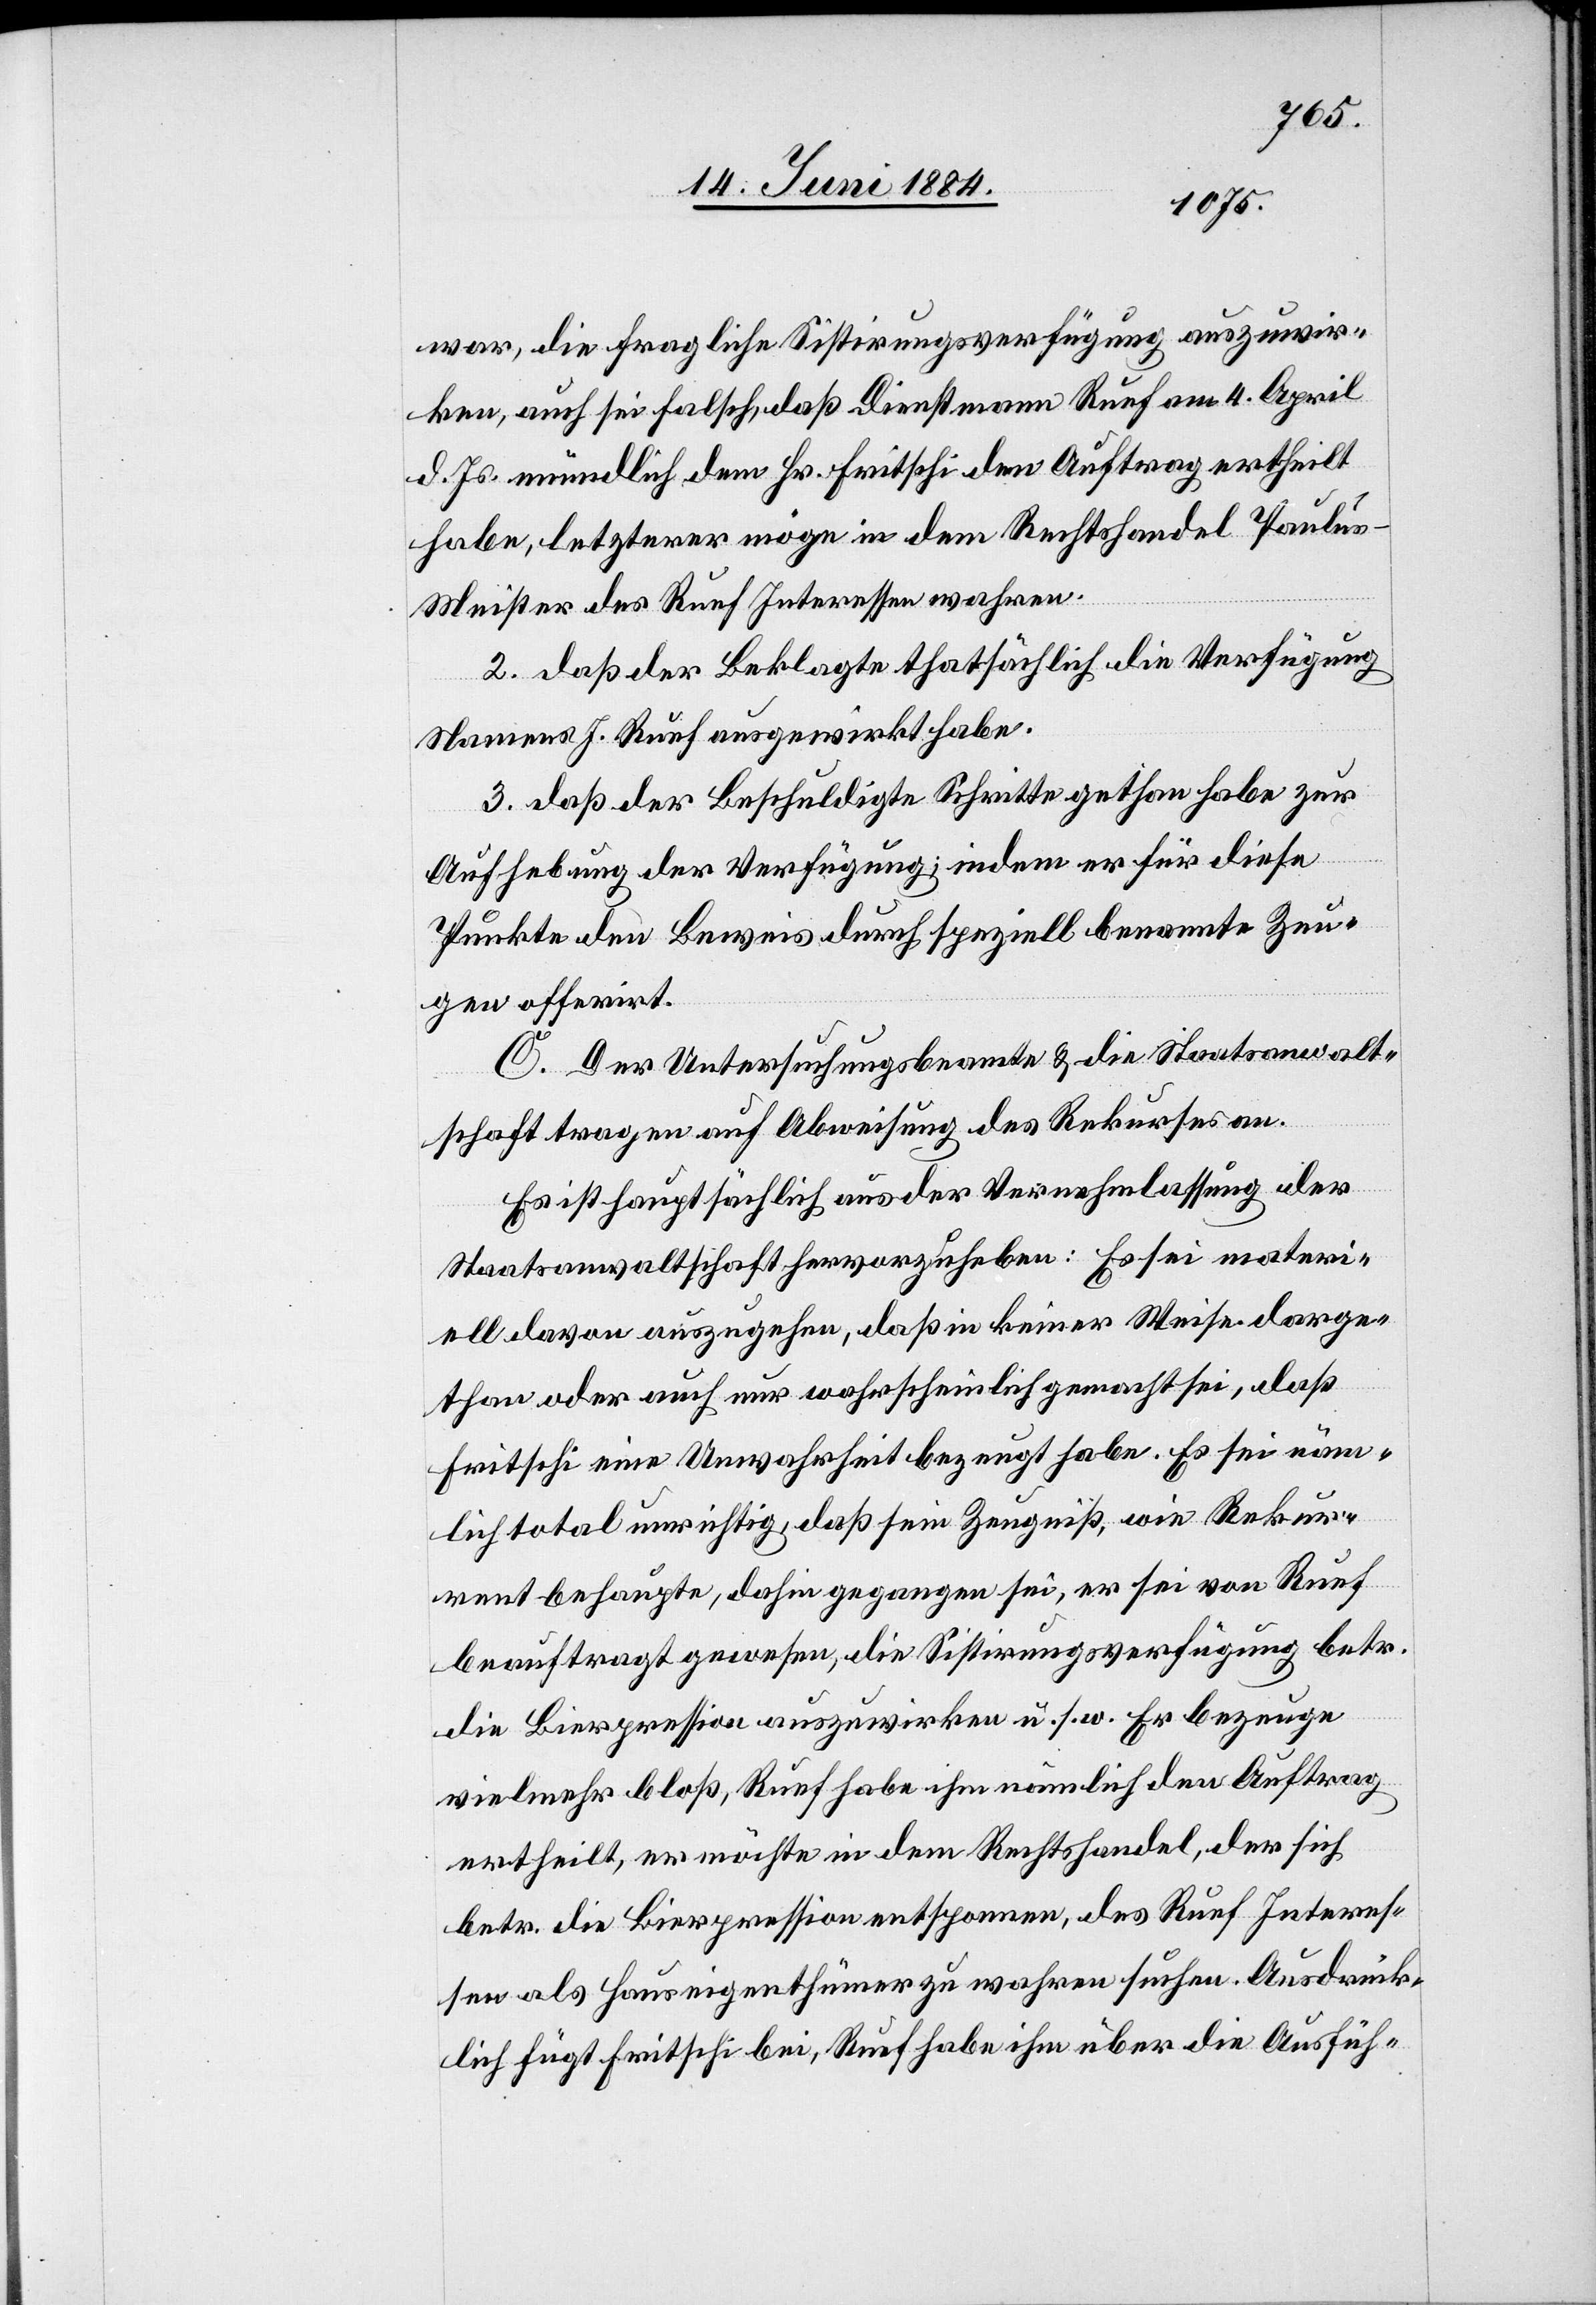
war, die fragliche Sistirungsverfügung auszuwir¬
ken, auch sei falsch, daß Dienstmann Ruef am 4. April
d. Js. mündlich dem Hr. Fritschi den Auftrag ertheilt
habe, letzterer möge in dem Rechtshandel Paulu¬
s-Meister des Ruef Interessen wahren.
2. daß der Beklagte thatsächlich die Verfügung
Namens J. Ruef ausgewirkt habe.
3. daß der Beschuldigte Schritte gethan habe zur
Aufhebung der Verfügung; indem er für diese
Punkte den Beweis durch speziell benannte Zeu¬
gen offerirt.
C. Der Untersuchungsbeamte & die Staatsanwalt¬
schaft tragen auf Abweisung des Rekurses an.
Es ist hauptsächlich aus der Vernehmlassung der
Staatsanwaltschaft hervorzuheben: Es sei materi¬
ell davon auszugehen, daß in keiner Weise darge¬
than oder auch nur wahrscheinlich gemacht sei, daß
Fritschi eine Unwahrheit bezeugt habe. Es sei näm¬
lich total unrichtig, daß sein Zeugniß, wie Rekur¬
rent behaupte, dahin gegangen sei, er sei von Ruef
beauftragt gewesen, die Sitstirungsverfügung betr.
die Bierpression auszuwirken u. s. w. Er bezeuge
vielmehr bloß, Ruef habe ihm nämlich den Auftrag
ertheilt er möchte in dem Rechtshandel, der sich
betr. die Bierpression entsponnen, des Ruef Interes¬
sen als Hauseigenthümer zu wahren suchen. Ausdrück¬
lich fügt Fritschi bei, Ruef habe ihm über die Ausfüh-